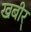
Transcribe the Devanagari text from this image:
खबीर्